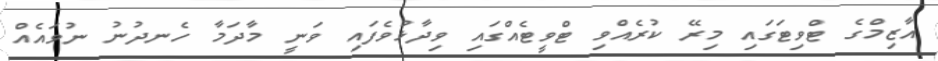
އާޒިމްގެ ޓްވިޓަގައި މިރޭ ކުރެއްވި ޓްވީޓެއްގައި ވިދާޅުވެފައި ވަނީ މާދަމާ ހެނދުނު ނުވައެއް